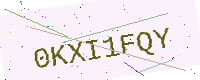
Text: 0KXI1FQY